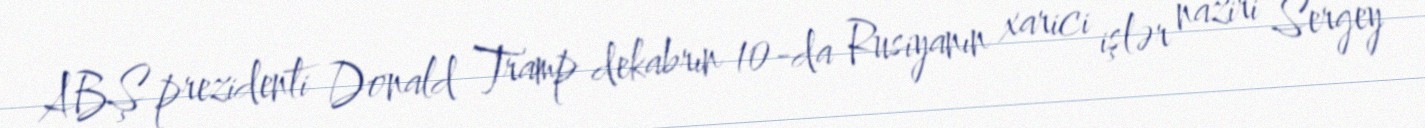
ABŞ prezidenti Donald Tramp dekabrın 10-da Rusiyanın xarici işlər naziri Sergey